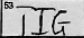
Transcription: TIG